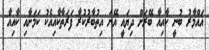
އައްމާރު ބުނީ ކާއިއާ ބޭރަށް ދިޔައީ އޭނަ އިތުބާރުކުރާ ފަރަތާކާއިއެކު ކަމަށާއި ކާއިއާ